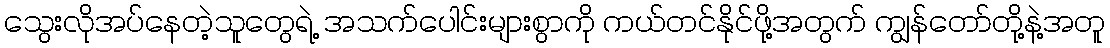
သွေးလိုအပ်နေတဲ့သူတွေရဲ့ အသက်ပေါင်းများစွာကို ကယ်တင်နိုင်ဖို့အတွက် ကျွန်တော်တို့နဲ့အတူ